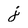
Character: j